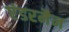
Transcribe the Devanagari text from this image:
एंडरमैन